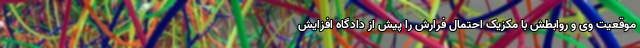
موقعیت وی و روابطش با مکزیک احتمال فرارش را پیش از دادگاه افزایش